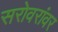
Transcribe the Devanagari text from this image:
सरोवरांवर